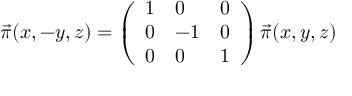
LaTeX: \vec { \pi } ( x , - y , z ) = \left( \begin{array} { l l l } { { 1 } } & { { 0 } } & { { 0 } } \\ { { 0 } } & { { - 1 } } & { { 0 } } \\ { { 0 } } & { { 0 } } & { { 1 } } \end{array} \right) \vec { \pi } ( x , y , z )